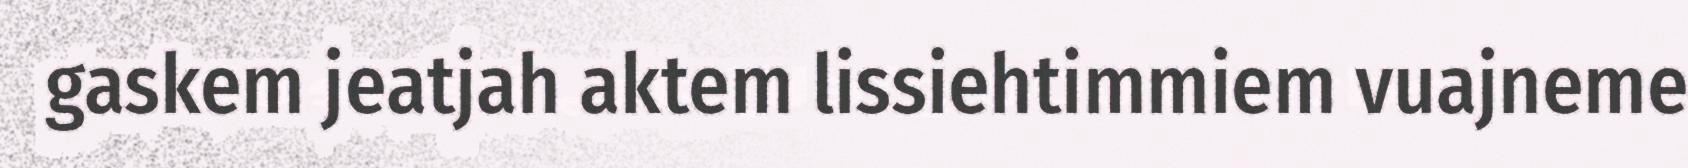
gaskem jeatjah aktem lissiehtimmiem vuajneme